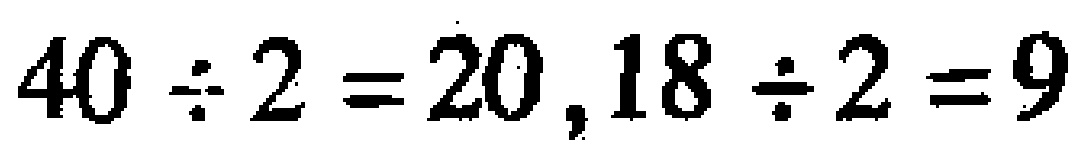
$40\div 2=20,18\div 2=9$